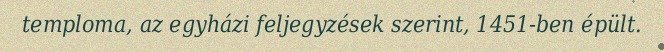
temploma, az egyházi feljegyzések szerint, 1451-ben épült.